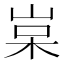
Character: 𡷵